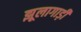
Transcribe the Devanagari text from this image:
झूलागाड़ी